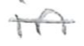
Text: in
Cross-out: single-line
Writing tool: pencil